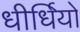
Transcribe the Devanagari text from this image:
धीर्धियो